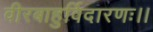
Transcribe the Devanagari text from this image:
वीरबाहुर्विदारणः।।